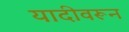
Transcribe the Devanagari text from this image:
यादीवरून